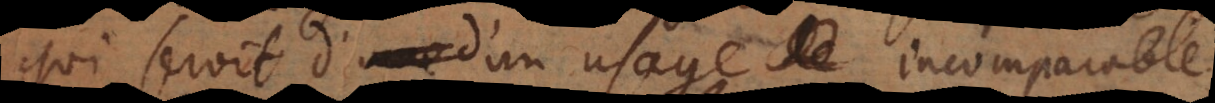
qui seroit d’un usage incomparable